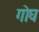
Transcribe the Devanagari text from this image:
गोघ